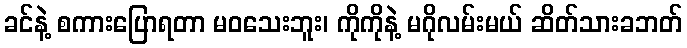
ခင်နဲ့ စကားပြောရတာ မဝသေးဘူး၊ ကိုကိုနဲ့ မဂိုလမ်းမယ် ဆိတ်သားခဘတ်